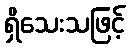
ရှိသေးသဖြင့်